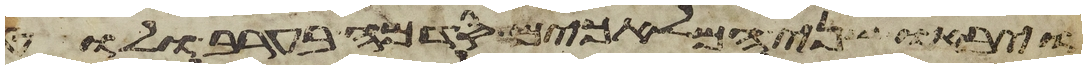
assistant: ויבאו שני המלאכים סדמה בערב ולוט